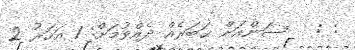
: :   ސަންއަށް ޚަބަރެއް ދެއްވުމަށް: 1 އަހަރު 2